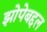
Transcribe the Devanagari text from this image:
झोपेबद्दल